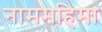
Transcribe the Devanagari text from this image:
नाममहिमा